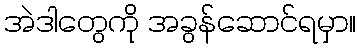
အဲဒါတွေကို အခွန်ဆောင်ရမှာ။